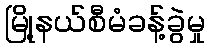
မြို့နယ်စီမံခန့်ခွဲမှု